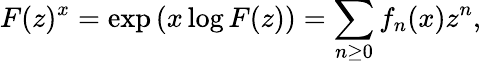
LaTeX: F(z)^{x}=\exp\left(x\log F(z)\right)=\sum_{n\geq 0}f_{n}(x)z^{n},